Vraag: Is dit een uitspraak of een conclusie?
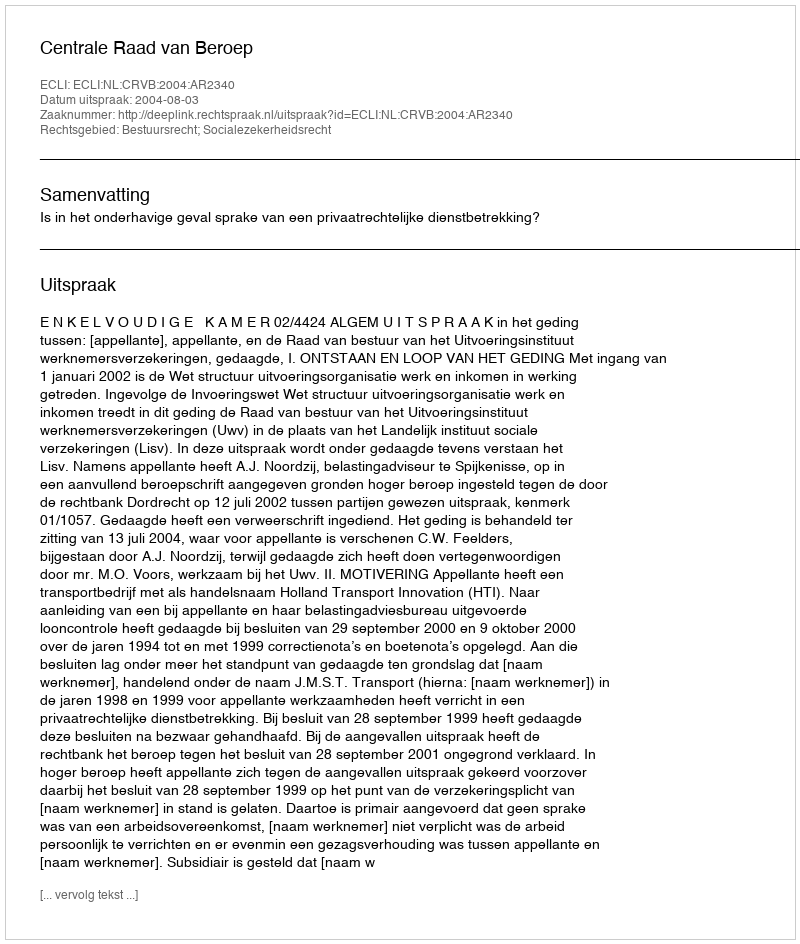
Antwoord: Uitspraak